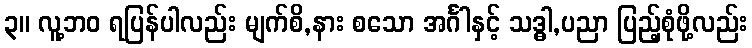
၃။ လူ့ဘဝ ရပြန်ပါလည်း မျက်စိ,နား စသော အင်္ဂါနှင့် သဒ္ဓါ,ပညာ ပြည့်စုံဖို့လည်း